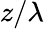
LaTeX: z/\lambda